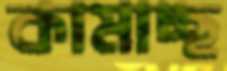
কামাচ্ছ